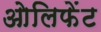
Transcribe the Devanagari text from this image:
ओलिफेंट